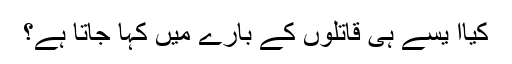
کیاا یسے ہی قاتلوں کے بارے میں کہا جاتا ہے؟